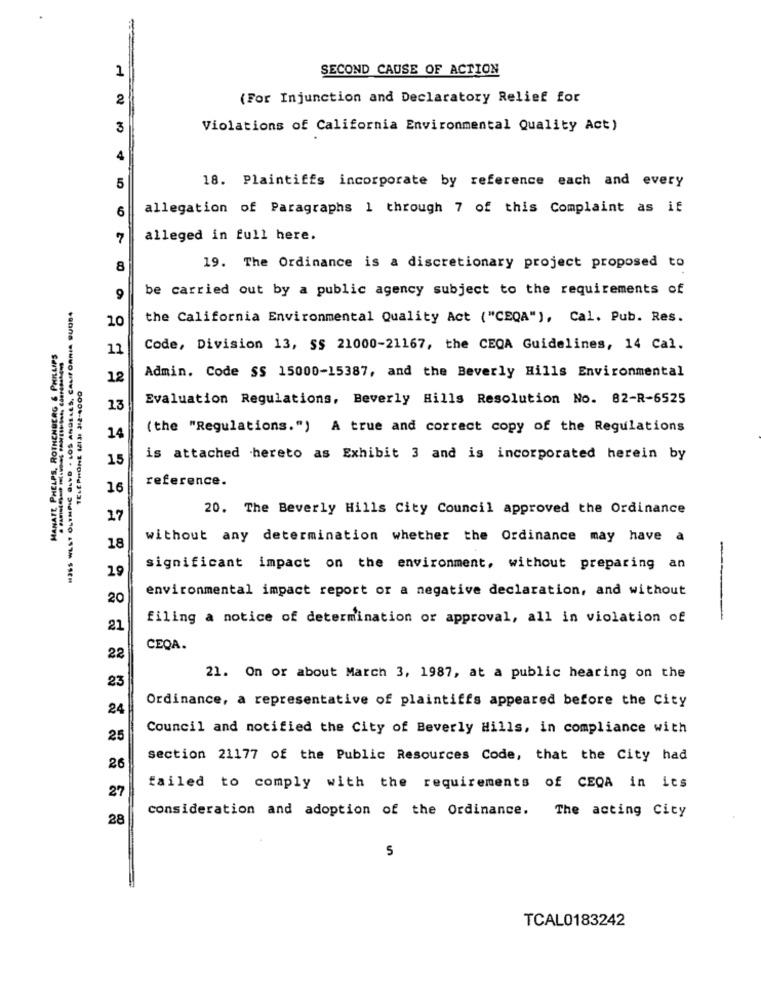
-
1
SECOND CAUSE OF ACTION
2
(For Injunction and Declaratory Relief for
3
Violations of California Environmental Quality Act)
4
18. Plaintiffs incorporate by reference each and every
5
6
allegation of Paragraphs 1 through 7 of this Complaint as if
7
alleged in full here.
8
19. The Ordinance is a discretionary project proposed to
be carried out by a public agency subject to the requirements of
9
13SS WEST OLYMPIC GLED . LOS ANGELES, CALIFORNIA SUDO4
10
the California Environmental Quality Act ("CEQA"), Cal. Pub. Res.
MANATE PHELPS, ROTHENBERG & PHILLIPS
11
Code, Division 13, SS 21000-21167, the CEQA Guidelines, 14 Cal.
Admin. Code SS 15000-15387, and the Beverly Hills Environmental
12
TELEPHONE 1213: 312-4000
Evaluation Regulations, Beverly Hills Resolution No. 82-R-6525
13
(the "Regulations.") A true and correct copy of the Regulations
14
15
is attached hereto as Exhibit 3 and is incorporated herein by
reference.
16
20. The Beverly Hills City Council approved the Ordinance
17
without any determination whether the Ordinance may have a
18
19
significant impact on the environment, without preparing an
environmental impact report or a negative declaration, and without
20
filing a notice of determination or approval, all in violation of
21
CEQA.
22
21. On or about March 3, 1987, at a public hearing on the
23
Ordinance, a representative of plaintiffs appeared before the City
24
Council and notified the City of Beverly Hills, in compliance with
25
section 21177 of the Public Resources Code, that the City had
26
27
failed to comply with the requirements of CEQA in its
28
consideration and adoption of the Ordinance. The acting City
5
TCAL0183242